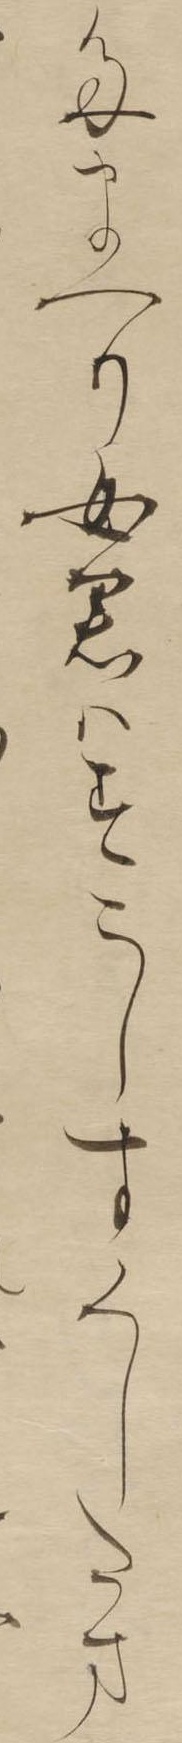
ままへり女君はすこしすくしたま